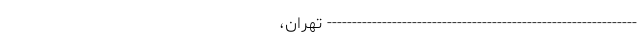
-------------------------------------------------------------- تهران،